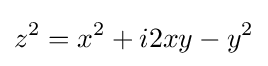
z^{2}=x^{2}+i2xy-y^{2}